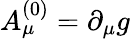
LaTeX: A_{\mu}^{(0)}=\partial_{\mu}g